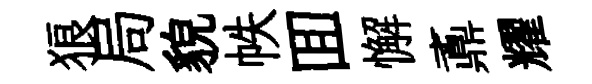
狼局貌帙囬懈鼒耀